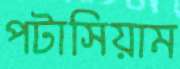
পটাসিয়াম